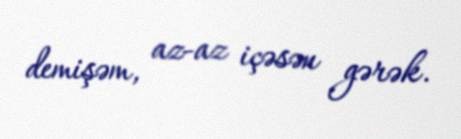
demişəm, az-az içəsən gərək.